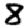
Digit: 8